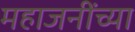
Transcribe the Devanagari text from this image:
महाजनींच्या